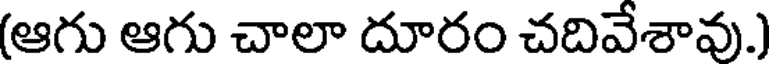
(ఆగు ఆగు చాలా దూరం చదివేశావు.)